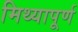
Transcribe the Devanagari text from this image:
मिथ्यापूर्ण